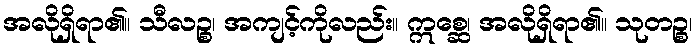
အလိုရှိရာ၏။ သီလဉ္စ၊ အကျင့်ကိုလည်း။ ဣစ္ဆေ၊ အလိုရှိရာ၏။ သုတဉ္စ၊